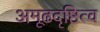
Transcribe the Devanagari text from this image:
अमूढदृष्टित्व